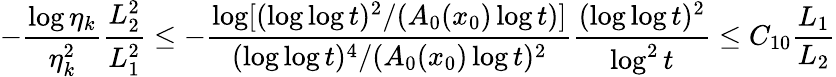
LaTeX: -\frac{\log\eta_{k}}{\eta_{k}^{2}}\frac{L_{2}^{2}}{L_{1}^{2}}\le-\frac{\log[(\log\log t)^{2}/(A_{0}(x_{0})\log t)]}{(\log\log t)^{4}/(A_{0}(x_{0})\log t)^{2}}\frac{(\log\log t)^{2}}{\log^{2}t}\le C_{10}\frac{L_{1}}{L_{2}}